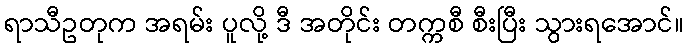
ရာသီဥတုက အရမ်း ပူလို့ ဒီ အတိုင်း တက္ကစီ စီးပြီး သွားရအောင်။